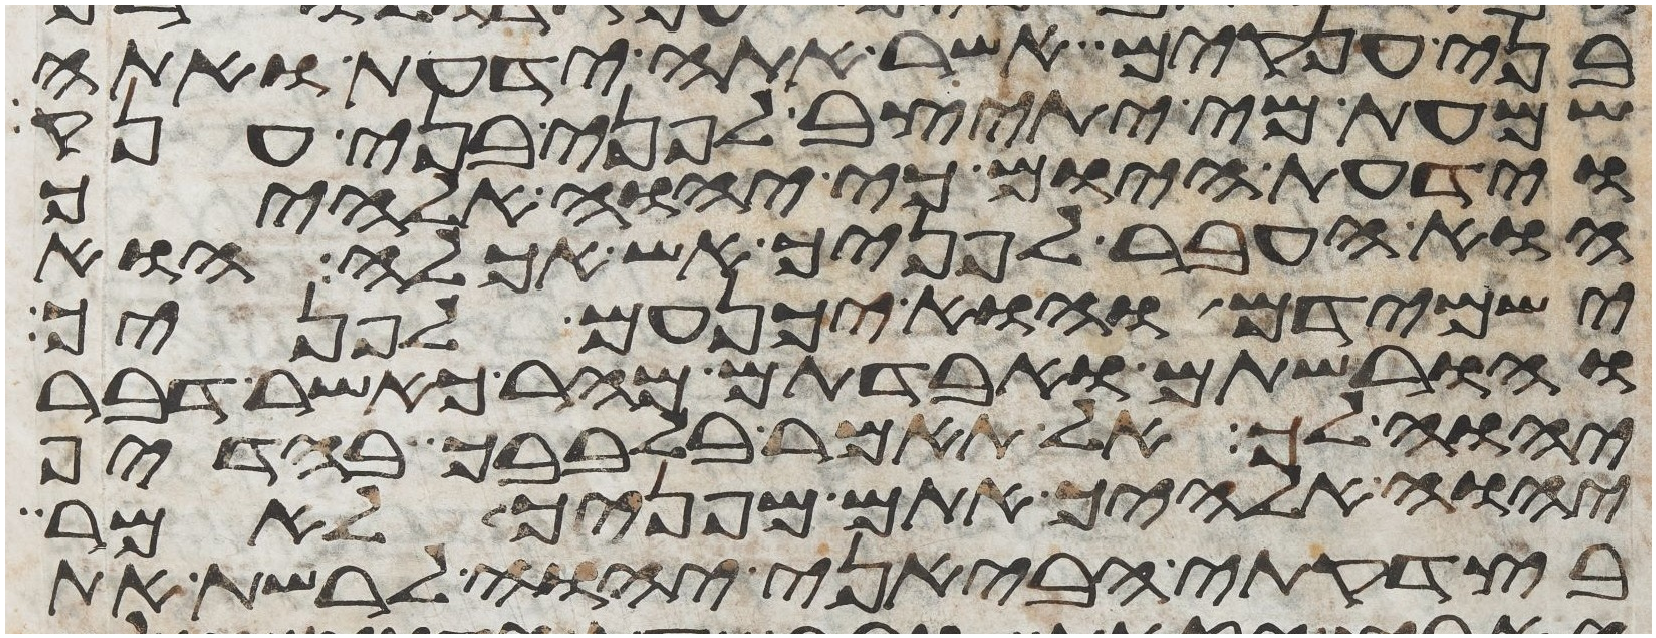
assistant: בני ענקים אשר אתה ידעת ואתה
שמעת מי יתיצב לפני בני ענק
וידעת היום כי יהוה אלהיך
הוא העבר לפניך אש אכלה הוא
ישמידם והוא יכנעם לפניך
והורשתם ואבדתם מהר כאשר דבר
יהוה לך אל תאמר בלבבך בהדיף
יהוה אלהיך אתם מפניך לאמר
בצדקתי הביאני יהוה לרשת את